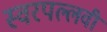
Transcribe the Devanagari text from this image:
स्वरपल्लवी